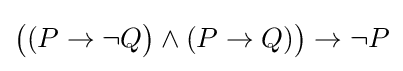
{\big (}(P\to \neg Q{\big )}\land (P\to Q){\big )}\to \neg P